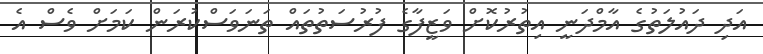
އަދި ދައުލަތުގެ އާމްދަނީ އިތުރުކޮށް ވަޒީފާގެ ފުރުސަތުތައް ތަނަވަސްކުރަން ކަމަށް ވެސް އެ